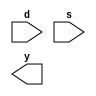
`timescale 1ns / 1ps
//////////////////////////////////////////////////////////////////////////////////
// Company: 
// Engineer: 
// 
// Design Name: 
// Module Name: mux_8to1_using_2to1
// Project Name: 
// Target Devices: 
// Tool Versions: 
// Description: 
// 
// Dependencies: 
// 
// Revision:
// Revision 0.01 - File Created
// Additional Comments:
// 
//////////////////////////////////////////////////////////////////////////////////


module mux_8to1_using_2to1(
    input [7:0] d,
    input [2:0] s,
    output y
    );
endmodule